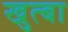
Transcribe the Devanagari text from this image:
खुत्बा